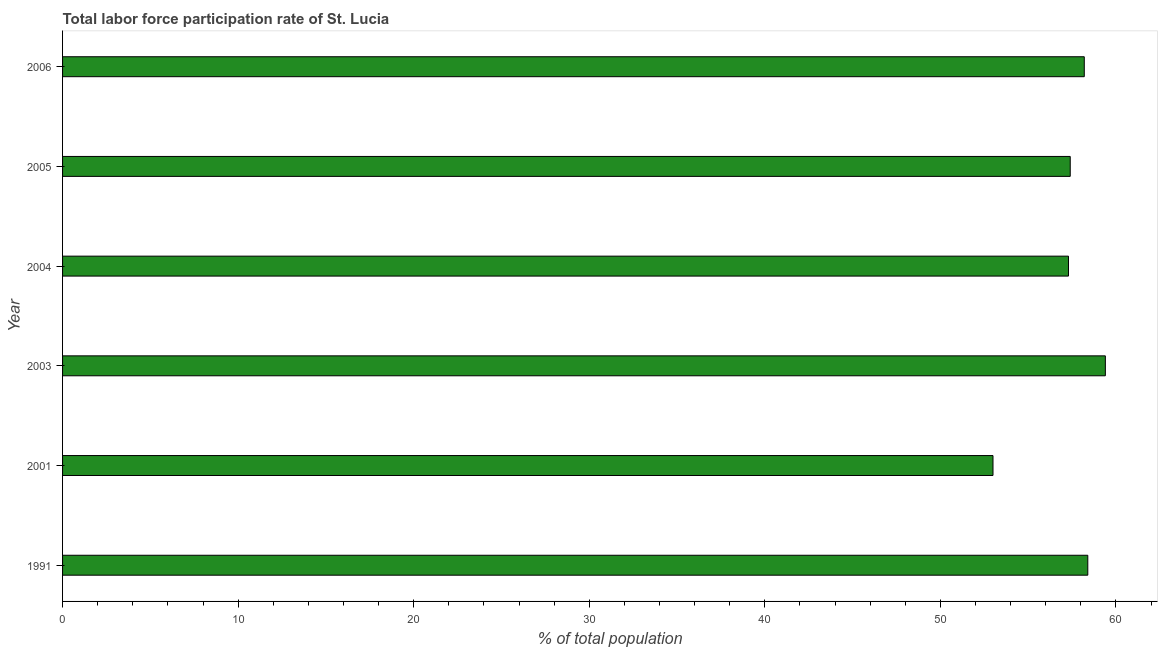
| Year | Labor force participation rate for ages 15-24 total |
 | --- | --- |
 | 1991 | 58.4 |
 | 2001 | 53 |
 | 2003 | 59.4 |
 | 2004 | 57.3 |
 | 2005 | 57.4 |
 | 2006 | 58.2 |